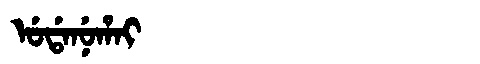
Manchu: ᡠᡩᠠᠨᡠᡥᠠᡳ
Romanization: UDANUHAI